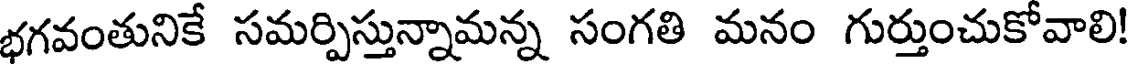
భగవంతునికే సమర్పిస్తున్నామన్న సంగతి మనం గుర్తుంచుకోవాలి!